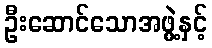
ဦးဆောင်သောအဖွဲ့နှင့်